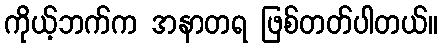
ကိုယ့်ဘက်က အနာတရ ဖြစ်တတ်ပါတယ်။